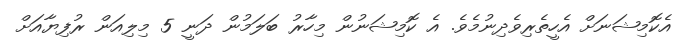
އެކޮމިޝަނަށް އެހީތެރިވެދިނުމެވެ. އެ ކޮމިޝަނުން މިހާރު ބަލަމުން ދަނީ 5 މިލިއަން ރުފިޔާއަށް